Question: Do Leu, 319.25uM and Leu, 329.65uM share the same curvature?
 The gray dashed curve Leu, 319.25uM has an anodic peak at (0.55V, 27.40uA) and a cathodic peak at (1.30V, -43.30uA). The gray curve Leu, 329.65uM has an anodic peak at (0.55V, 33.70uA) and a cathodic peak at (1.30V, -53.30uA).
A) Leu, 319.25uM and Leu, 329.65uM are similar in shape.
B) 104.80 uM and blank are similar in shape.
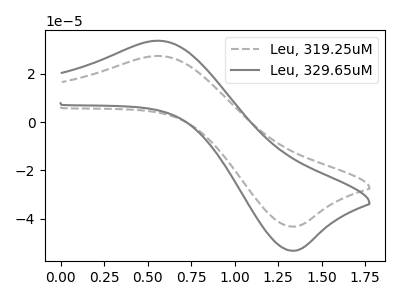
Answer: <think>All the peaks in "Leu, 319.25uM" have a peak in "Leu, 329.65uM" at the same potential. Every peak in "Leu, 319.25uM" is lower than every peak in "Leu, 329.65uM".
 </think>
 <answer>A) "Leu, 319.25uM" and "Leu, 329.65uM" are similar in shape.</answer>
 <eval>A</eval>